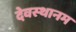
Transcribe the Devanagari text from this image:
देवस्‍थानम